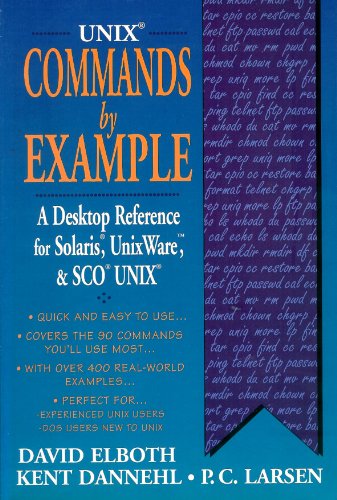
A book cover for Unix Commands by Example: A Desktop Reference for Unixware, Solairs and Sco Unixware, Solaris and Sco Unix; David Elboth; Computers & Technology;